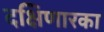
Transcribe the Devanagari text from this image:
दक्षिणारका